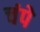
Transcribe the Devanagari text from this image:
चंपे